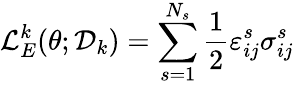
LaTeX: \mathcal{L}_{E}^{k}(\theta;\mathcal{D}_{k})=\sum_{s=1}^{N_{s}}\frac{1}{2}\varepsilon_{ij}^{s}\sigma_{ij}^{s}